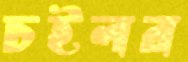
চইলর